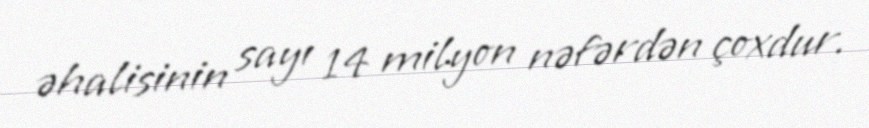
əhalisinin sayı 14 milyon nəfərdən çoxdur.